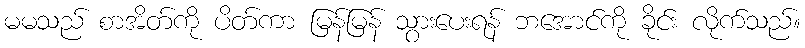
မမသည် စာအိတ်ကို ပိတ်ကာ မြန်မြန် သွားပေးရန် ဘအောင်ကို ခိုင်း လိုက်သည်။